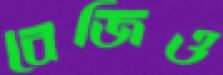
বেজিও